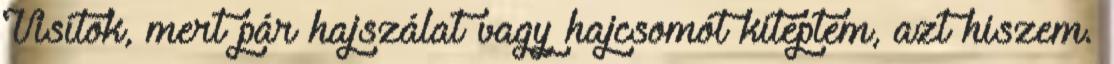
Visítok, mert pár hajszálat vagy hajcsomót kitéptem, azt hiszem.